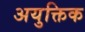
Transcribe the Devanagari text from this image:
अयुक्तिक